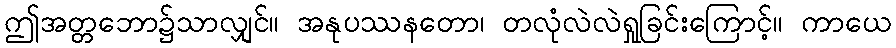
ဤအတ္တဘော၌သာလျှင်။ အနုပဿနတော၊ တလုံလဲလဲရှုခြင်းကြောင့်။ ကာယေ